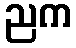
ညက